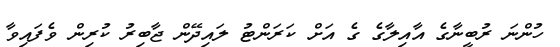
ހުންނަ ރުބީނާގެ އާއިލާގެ ގެ އަށް ކަރަންޓު ލައިދޭން ޖާބިރު ކުރިން ވެފައިވާ